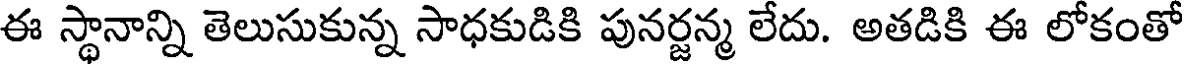
ఈ స్థానాన్ని తెలుసుకున్న సాధకుడికి పునర్జన్మ లేదు. అతడికి ఈ లోకంతో